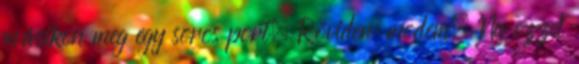
másikon meg egy soros port. Röviden: modem. Na ezzel